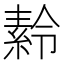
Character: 𬗪